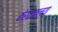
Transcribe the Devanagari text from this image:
केरळातल्या